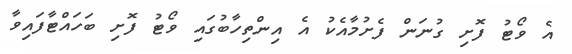
އެ ވޯޓު ފޮށި ގުނަން ފެށުމާއެކު އެ އިންތިހާބުގައި ވޯޓު ފޮށި ބަހައްޓާފައިވާ